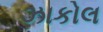
ઝાકોલ